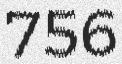
756